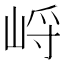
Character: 𱛭